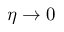
\eta \rightarrow 0